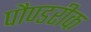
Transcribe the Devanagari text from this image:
पौण्डरीक